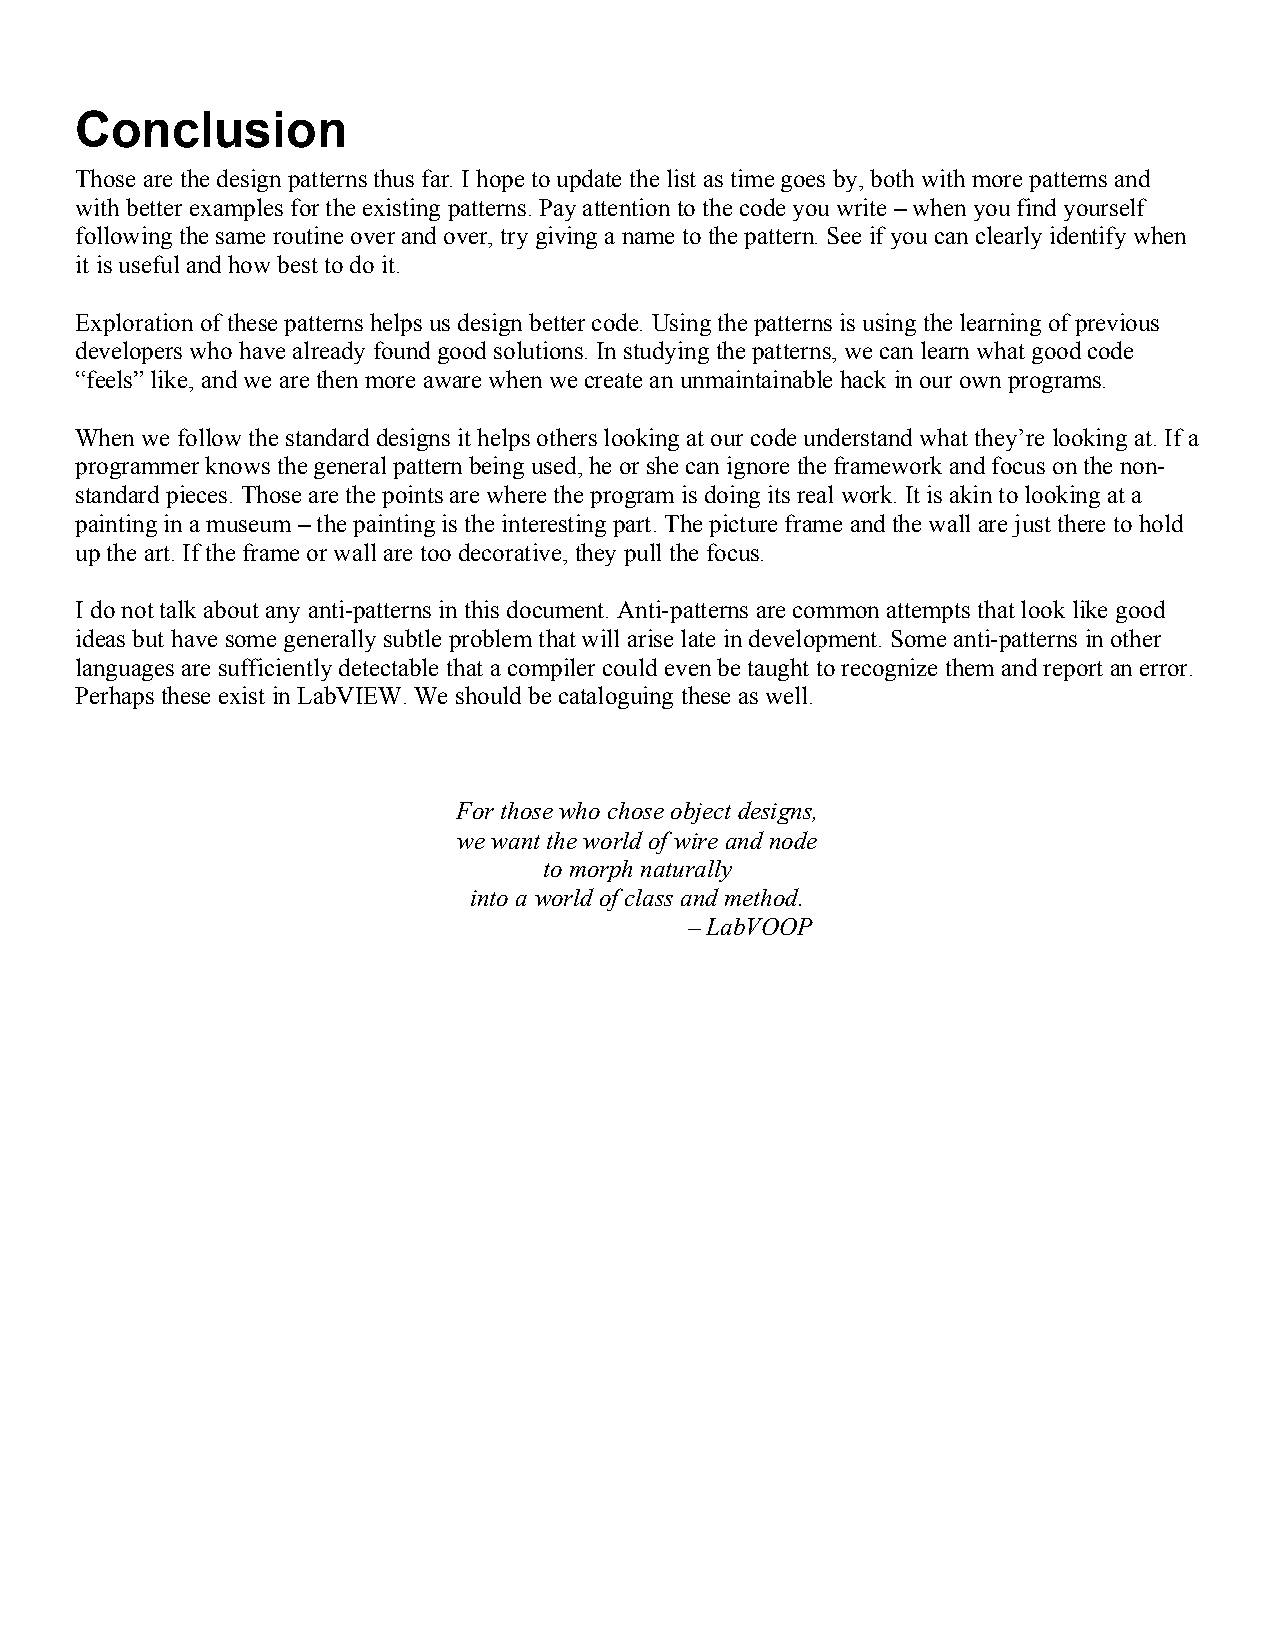
Conclusion
 Those are the design patterns thus far. I hope to update the list as time goes by, both with more patterns and
 with better examples for the existing patterns. Pay attention to the code you write – when you find yourself
 following the same routine over and over, try giving a name to the pattern. See if you can clearly identify when
 it is useful and how best to do it.
 Exploration of these patterns helps us design better code. Using the patterns is using the learning of previous
 developers who have already found good solutions. In studying the patterns, we can learn what good code
 “feels” like, and we are then more aware when we create an unmaintainable hack in our own programs.
 When we follow the standard designs it helps others looking at our code understand what they’re looking at. If a
 programmer knows the general pattern being used, he or she can ignore the framework and focus on the non-
 standard pieces. Those are the points are where the program is doing its real work. It is akin to looking at a
 painting in a museum – the painting is the interesting part. The picture frame and the wall are just there to hold
 up the art. If the frame or wall are too decorative, they pull the focus.
 I do not talk about any anti-patterns in this document. Anti-patterns are common attempts that look like good
 ideas but have some generally subtle problem that will arise late in development. Some anti-patterns in other
 languages are sufficiently detectable that a compiler could even be taught to recognize them and report an error.
 Perhaps these exist in LabVIEW. We should be cataloguing these as well.
 For those who chose object designs,
 we want the world of wire and node
 to morph naturally
 into a world of class and method.
 – LabVOOP